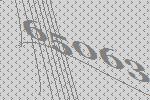
65063